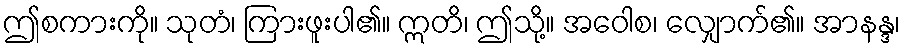
ဤစကားကို။ သုတံ၊ ကြားဖူးပါ၏။ ဣတိ၊ ဤသို့။ အဝေါစ၊ လျှောက်၏။ အာနန္ဒ၊